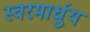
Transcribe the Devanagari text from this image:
स्‍वरमार्धुय